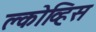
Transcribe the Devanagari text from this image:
क्लोव्हिस